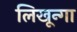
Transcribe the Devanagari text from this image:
लिखून्गा